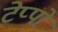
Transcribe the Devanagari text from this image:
टेप्पो